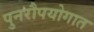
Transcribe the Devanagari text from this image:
पुनरौपयोगात